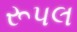
રૂપલ